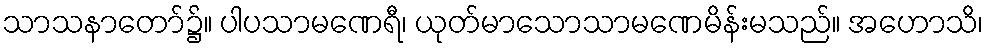
သာသနာတော်၌။ ပါပသာမဏေရီ၊ ယုတ်မာသောသာမဏေမိန်းမသည်။ အဟောသိ၊